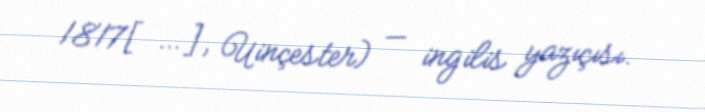
1817[…], Uinçester) — ingilis yazıçısı.